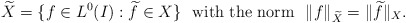
\begin{align*} \widetilde{X}=\{f\in L^0(I): \widetilde{f}\in X\} ~~ {\rm with ~the ~norm } ~~ \|f\|_{\widetilde{X}}=\|\widetilde{f}\|_{X}.\end{align*}